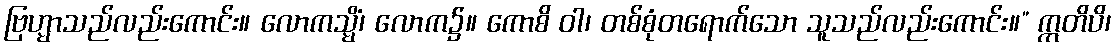
ဗြဟ္မာသည်လည်းကောင်း။ လောကသ္မိံ၊ လောက၌။ ကောစိ ဝါ၊ တစ်စုံတရောက်သော သူသည်လည်းကောင်း။” ဣတိပိ၊